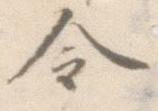
令